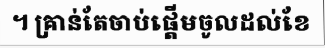
។ គ្រាន់តែចាប់ផ្តើមចូលដល់ខែ